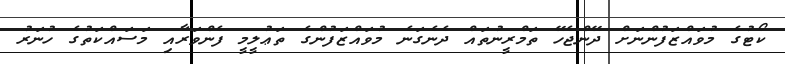
ކޯޓުގެ މުވައްޒަފުންނަށް ދޭންޖެހޭ ތަމްރީނުތައް ދެނެގަނެ މުވައްޒަފުންގެ ތަޢުލީމީ ފެންވަރާއި މަސައްކަތުގެ ހުނަރު